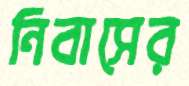
নিবাসের